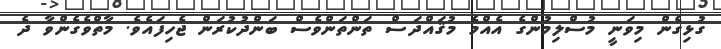
ގުޅިގެން މިވަނީ މުސްލިމުންގެ އެއްމެ މުޤައްދަސް ތަންތަންވެސް ބަންދުކުރަން ޖެހިފައެވެ. މާތްވެގެންވާ ދެ